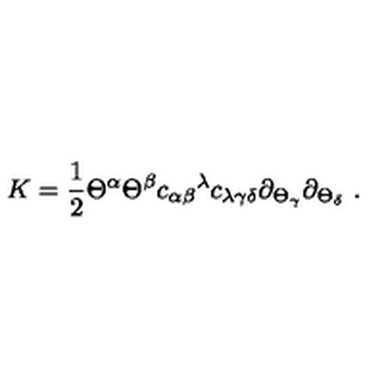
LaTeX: K = { \frac { 1 } { 2 } } \Theta ^ { \alpha } \Theta ^ { \beta } { c _ { \alpha \beta } } ^ { \lambda } c _ { \lambda \gamma \delta } \partial _ { \Theta _ { \gamma } } \partial _ { \Theta _ { \delta } } \ .